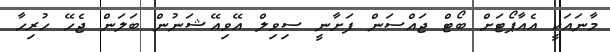
މާނައަކީ އެއާޕޯޓަށް ބޯޓް ޖައްސަން ފަށާނީ ސިވިލް އޭވިއޭޝަނުން ބަލަން ޖެހޭ ހުރިހާ